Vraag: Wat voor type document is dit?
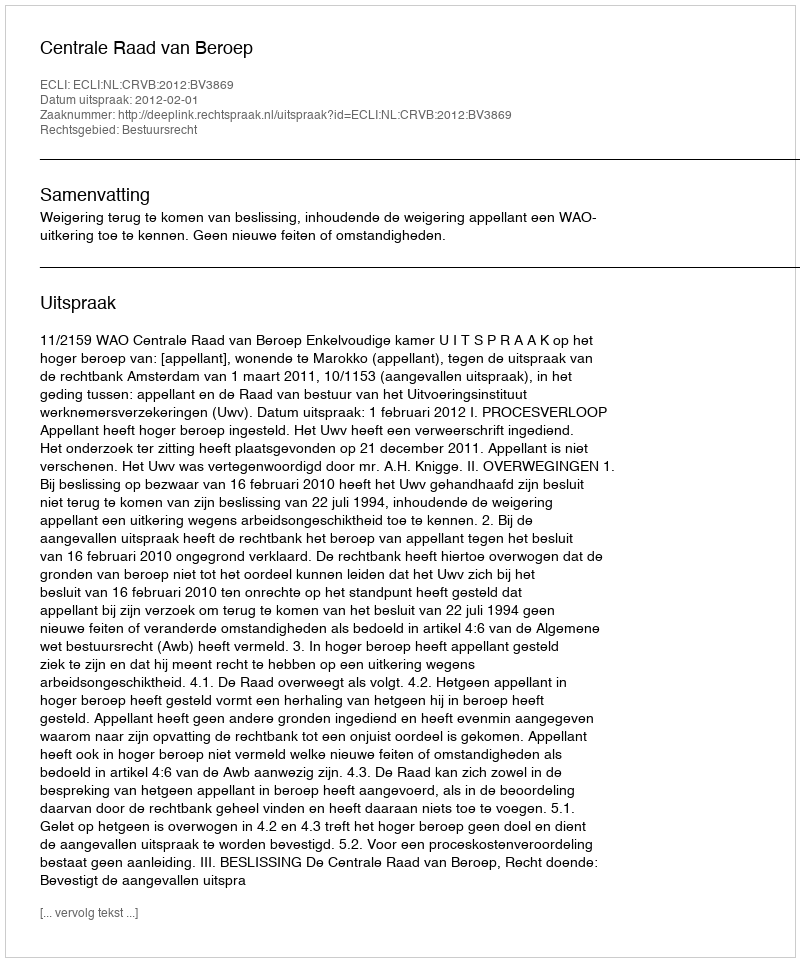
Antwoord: Uitspraak